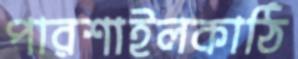
পারশাইলকাঠি